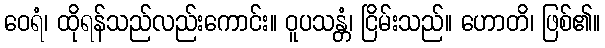
ဝေရံ၊ ထိုရန်သည်လည်းကောင်း။ ဝူပသန္တံ၊ ငြိမ်းသည်။ ဟောတိ၊ ဖြစ်၏။